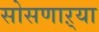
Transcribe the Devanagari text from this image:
सोसणाऱ्या